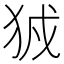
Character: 𤞉